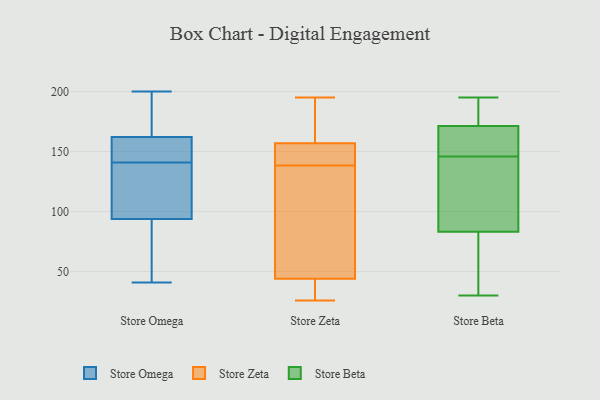
{"axis": {"x": "Humidity (%)", "y": "Value"}, "legend": ["Store Beta", "Store Omega", "Store Zeta"], "data": [{"x": "", "y": 148, "type": "Store Omega"}, {"x": "", "y": 187, "type": "Store Omega"}, {"x": "", "y": 52, "type": "Store Omega"}, {"x": "", "y": 141, "type": "Store Omega"}, {"x": "", "y": 97, "type": "Store Omega"}, {"x": "", "y": 160, "type": "Store Omega"}, {"x": "", "y": 95, "type": "Store Omega"}, {"x": "", "y": 90, "type": "Store Omega"}, {"x": "", "y": 157, "type": "Store Omega"}, {"x": "", "y": 200, "type": "Store Omega"}, {"x": "", "y": 113, "type": "Store Omega"}, {"x": "", "y": 67, "type": "Store Omega"}, {"x": "", "y": 145, "type": "Store Omega"}, {"x": "", "y": 41, "type": "Store Omega"}, {"x": "", "y": 134, "type": "Store Omega"}, {"x": "", "y": 184, "type": "Store Omega"}, {"x": "", "y": 169, "type": "Store Omega"}, {"x": "", "y": 195, "type": "Store Zeta"}, {"x": "", "y": 29, "type": "Store Zeta"}, {"x": "", "y": 151, "type": "Store Zeta"}, {"x": "", "y": 26, "type": "Store Zeta"}, {"x": "", "y": 144, "type": "Store Zeta"}, {"x": "", "y": 112, "type": "Store Zeta"}, {"x": "", "y": 44, "type": "Store Zeta"}, {"x": "", "y": 168, "type": "Store Zeta"}, {"x": "", "y": 171, "type": "Store Zeta"}, {"x": "", "y": 151, "type": "Store Zeta"}, {"x": "", "y": 75, "type": "Store Zeta"}, {"x": "", "y": 133, "type": "Store Zeta"}, {"x": "", "y": 157, "type": "Store Zeta"}, {"x": "", "y": 37, "type": "Store Zeta"}, {"x": "", "y": 30, "type": "Store Beta"}, {"x": "", "y": 171, "type": "Store Beta"}, {"x": "", "y": 194, "type": "Store Beta"}, {"x": "", "y": 172, "type": "Store Beta"}, {"x": "", "y": 90, "type": "Store Beta"}, {"x": "", "y": 133, "type": "Store Beta"}, {"x": "", "y": 158, "type": "Store Beta"}, {"x": "", "y": 195, "type": "Store Beta"}, {"x": "", "y": 124, "type": "Store Beta"}, {"x": "", "y": 118, "type": "Store Beta"}, {"x": "", "y": 156, "type": "Store Beta"}, {"x": "", "y": 63, "type": "Store Beta"}, {"x": "", "y": 57, "type": "Store Beta"}, {"x": "", "y": 193, "type": "Store Beta"}, {"x": "", "y": 155, "type": "Store Beta"}, {"x": "", "y": 50, "type": "Store Beta"}, {"x": "", "y": 146, "type": "Store Beta"}]}